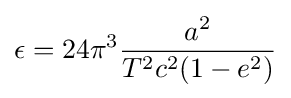
\epsilon =24\pi ^{3}{\frac {a^{2}}{T^{2}c^{2}(1-e^{2})}}